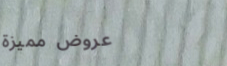
عروض مميزة